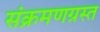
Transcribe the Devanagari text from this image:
संक्रमणग्रस्त